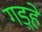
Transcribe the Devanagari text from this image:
गड़्हे